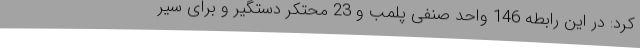
کرد: در این رابطه 146 واحد صنفی پلمب و 23 محتکر دستگیر و برای سیر